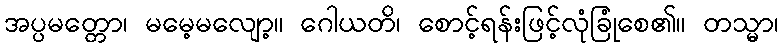
အပ္ပမတ္တော၊ မမေ့မလျော့။ ဂေါယတိ၊ စောင့်ရန်းဖြင့်လုံခြုံစေ၏။ တသ္မာ၊